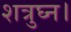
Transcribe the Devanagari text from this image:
शत्रुघ्न।